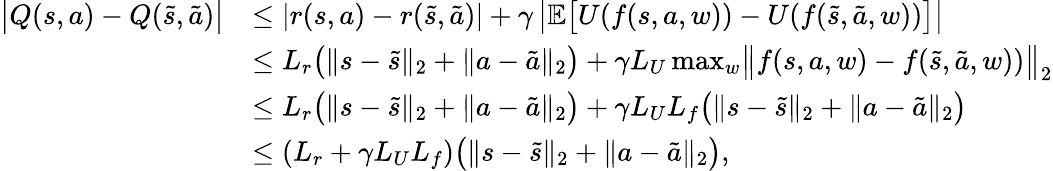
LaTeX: \begin{array}{rl}{\bigl|Q(s,a)-Q(\tilde{s},\tilde{a})\bigr|}&{\leq|r(s,a)-r(\tilde{s},\tilde{a})|+\gamma\, \bigl|\mathbb{E}\bigl[U(f(s,a,w))-U(f(\tilde{s},\tilde{a},w))\bigr]\bigr|}\\ &{\leq L_{r}\bigl(\| s-\tilde{s}\| _{2}+\| a-\tilde{a}\| _{2}\bigr)+\gamma L_{U}\operatorname*{max}_{w}\bigl\| f(s,a,w)-f(\tilde{s},\tilde{a},w))\bigr\| _{2}}\\ &{\leq L_{r}\bigl(\| s-\tilde{s}\| _{2}+\| a-\tilde{a}\| _{2}\bigr)+\gamma L_{U}L_{f}\bigl(\| s-\tilde{s}\| _{2}+\| a-\tilde{a}\| _{2}\bigr)}\\ &{\leq(L_{r}+\gamma L_{U}L_{f})\bigl(\| s-\tilde{s}\| _{2}+\| a-\tilde{a}\| _{2}\bigr),}\end{array}